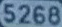
5268